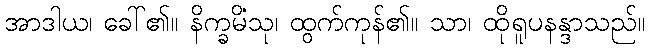
အာဒါယ၊ ခေါ်၏။ နိက္ခမိံသု၊ ထွက်ကုန်၏။ သာ၊ ထိုရူပနန္ဒာသည်။